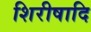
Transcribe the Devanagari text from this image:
शिरीषादि